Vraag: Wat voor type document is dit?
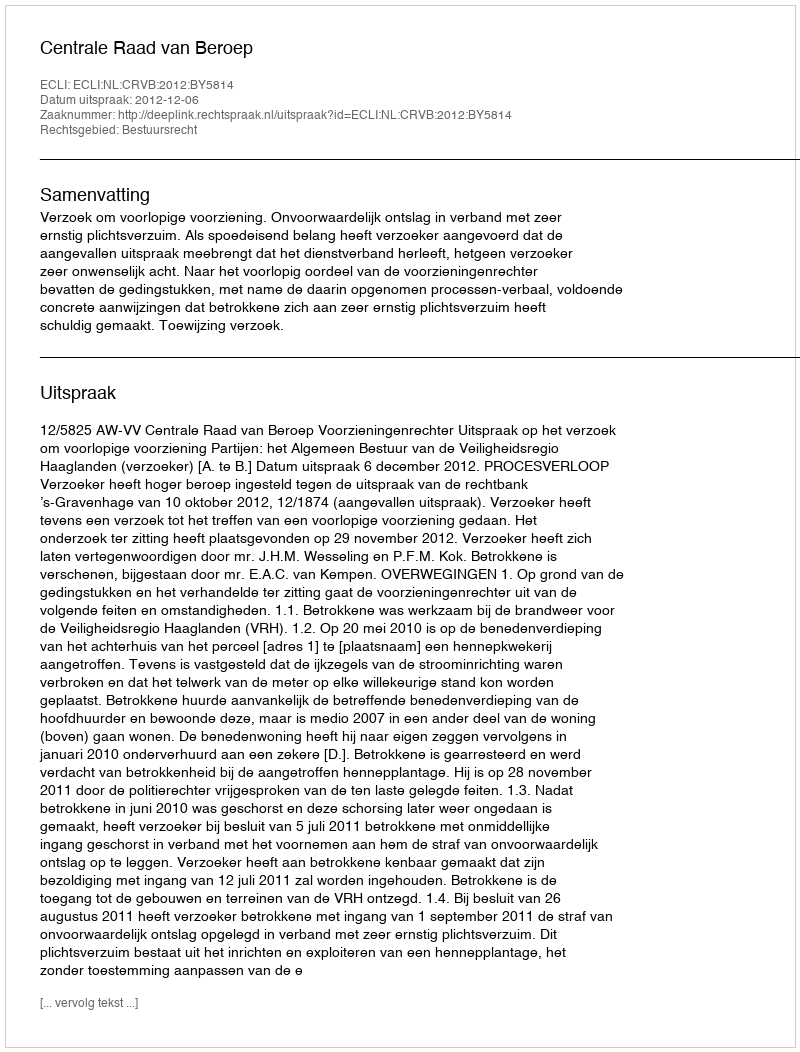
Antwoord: Uitspraak